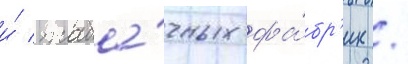
и́ таба́чных фа́бр'ик /